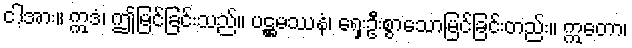
ငါ့အား။ ဣဒံ၊ ဤမြင်ခြင်းသည်။ ပဋ္ဌမဿနံ၊ ရှေးဦးစွာသောမြင်ခြင်းတည်း။ ဣတော၊